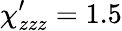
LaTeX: \chi_{zzz}^{\prime}=1.5